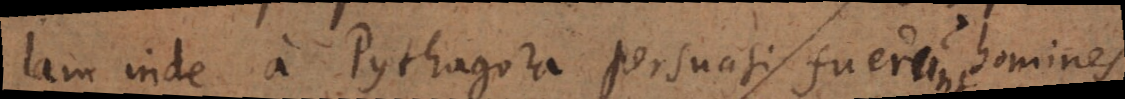
Jam inde a Pythagora persuasi fuerunt homines